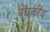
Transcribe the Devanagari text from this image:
वेद्यकीय